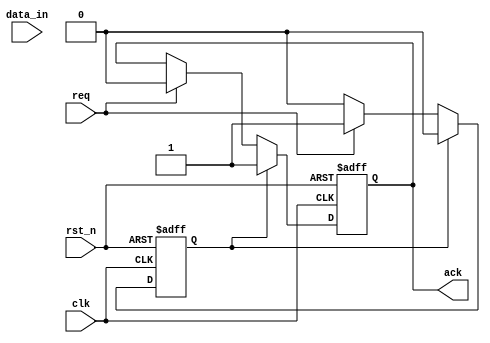
module memory_block (
    input wire clk,
    input wire rst_n,
    input wire req,
    output reg ack,
    input wire [7:0] data_in // Assuming 8-bit data
);
    reg ready;

    always @(posedge clk or negedge rst_n) begin
        if (!rst_n) begin
            ack <= 0;
            ready <= 0;
        end else begin
            if (req) begin
                // The memory block is ready to receive data
                ready <= 1;
                ack <= 0; // Deassert ack until data is received
            end
            if (ready) begin
                // Simulate data reception (you may want to add data storage logic here)
                ack <= 1; // Acknowledge receipt of data
                ready <= 0; // Go back to not ready after acknowledgment
            end
        end
    end
endmodule